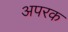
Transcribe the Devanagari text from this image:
अपरक